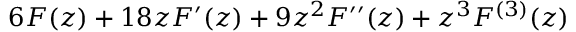
6 F ( z ) + 1 8 z F ^ { \prime } ( z ) + 9 z ^ { 2 } F ^ { \prime \prime } ( z ) + z ^ { 3 } F ^ { ( 3 ) } ( z )